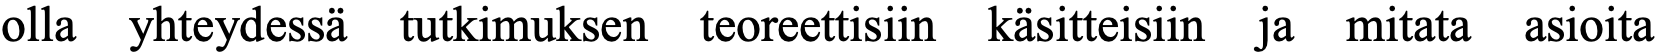
olla yhteydessä tutkimuksen teoreettisiin käsitteisiin ja mitata asioita